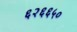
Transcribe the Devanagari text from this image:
६२६६५०